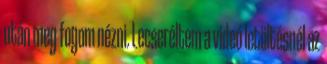
után meg fogom nézni. Lecseréltem a videó letöltésnél az